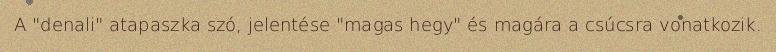
A "denali" atapaszka szó, jelentése "magas hegy" és magára a csúcsra vonatkozik.